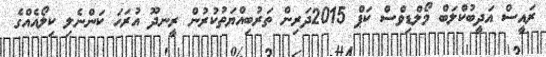
ރައީސް އަދީބުކްލަބް މޯލްޑިވްސް ކަޕް 2015ދަރިން ތަރުބިއްޔަތުކުރުން ރީނދޫ އުރަހަ ކަންނެލި ކިލޯއެއްގެ